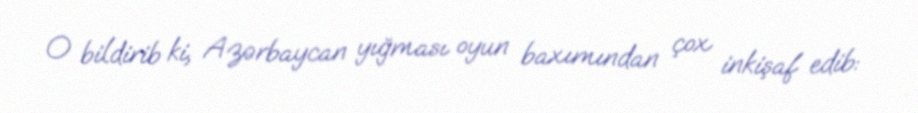
O bildirib ki, Azərbaycan yığması oyun baxımından çox inkişaf edib: